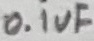
Text: 0.1uF